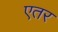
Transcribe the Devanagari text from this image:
एतर